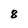
Character: 8